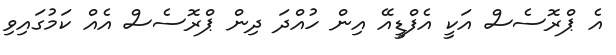
އެ ޕްރޮސެސް އަކީ އެފްޑީއޭ އިން ހުއްދަ ދިން ޕްރޮސެސް އެއް ކަމުގައިވި